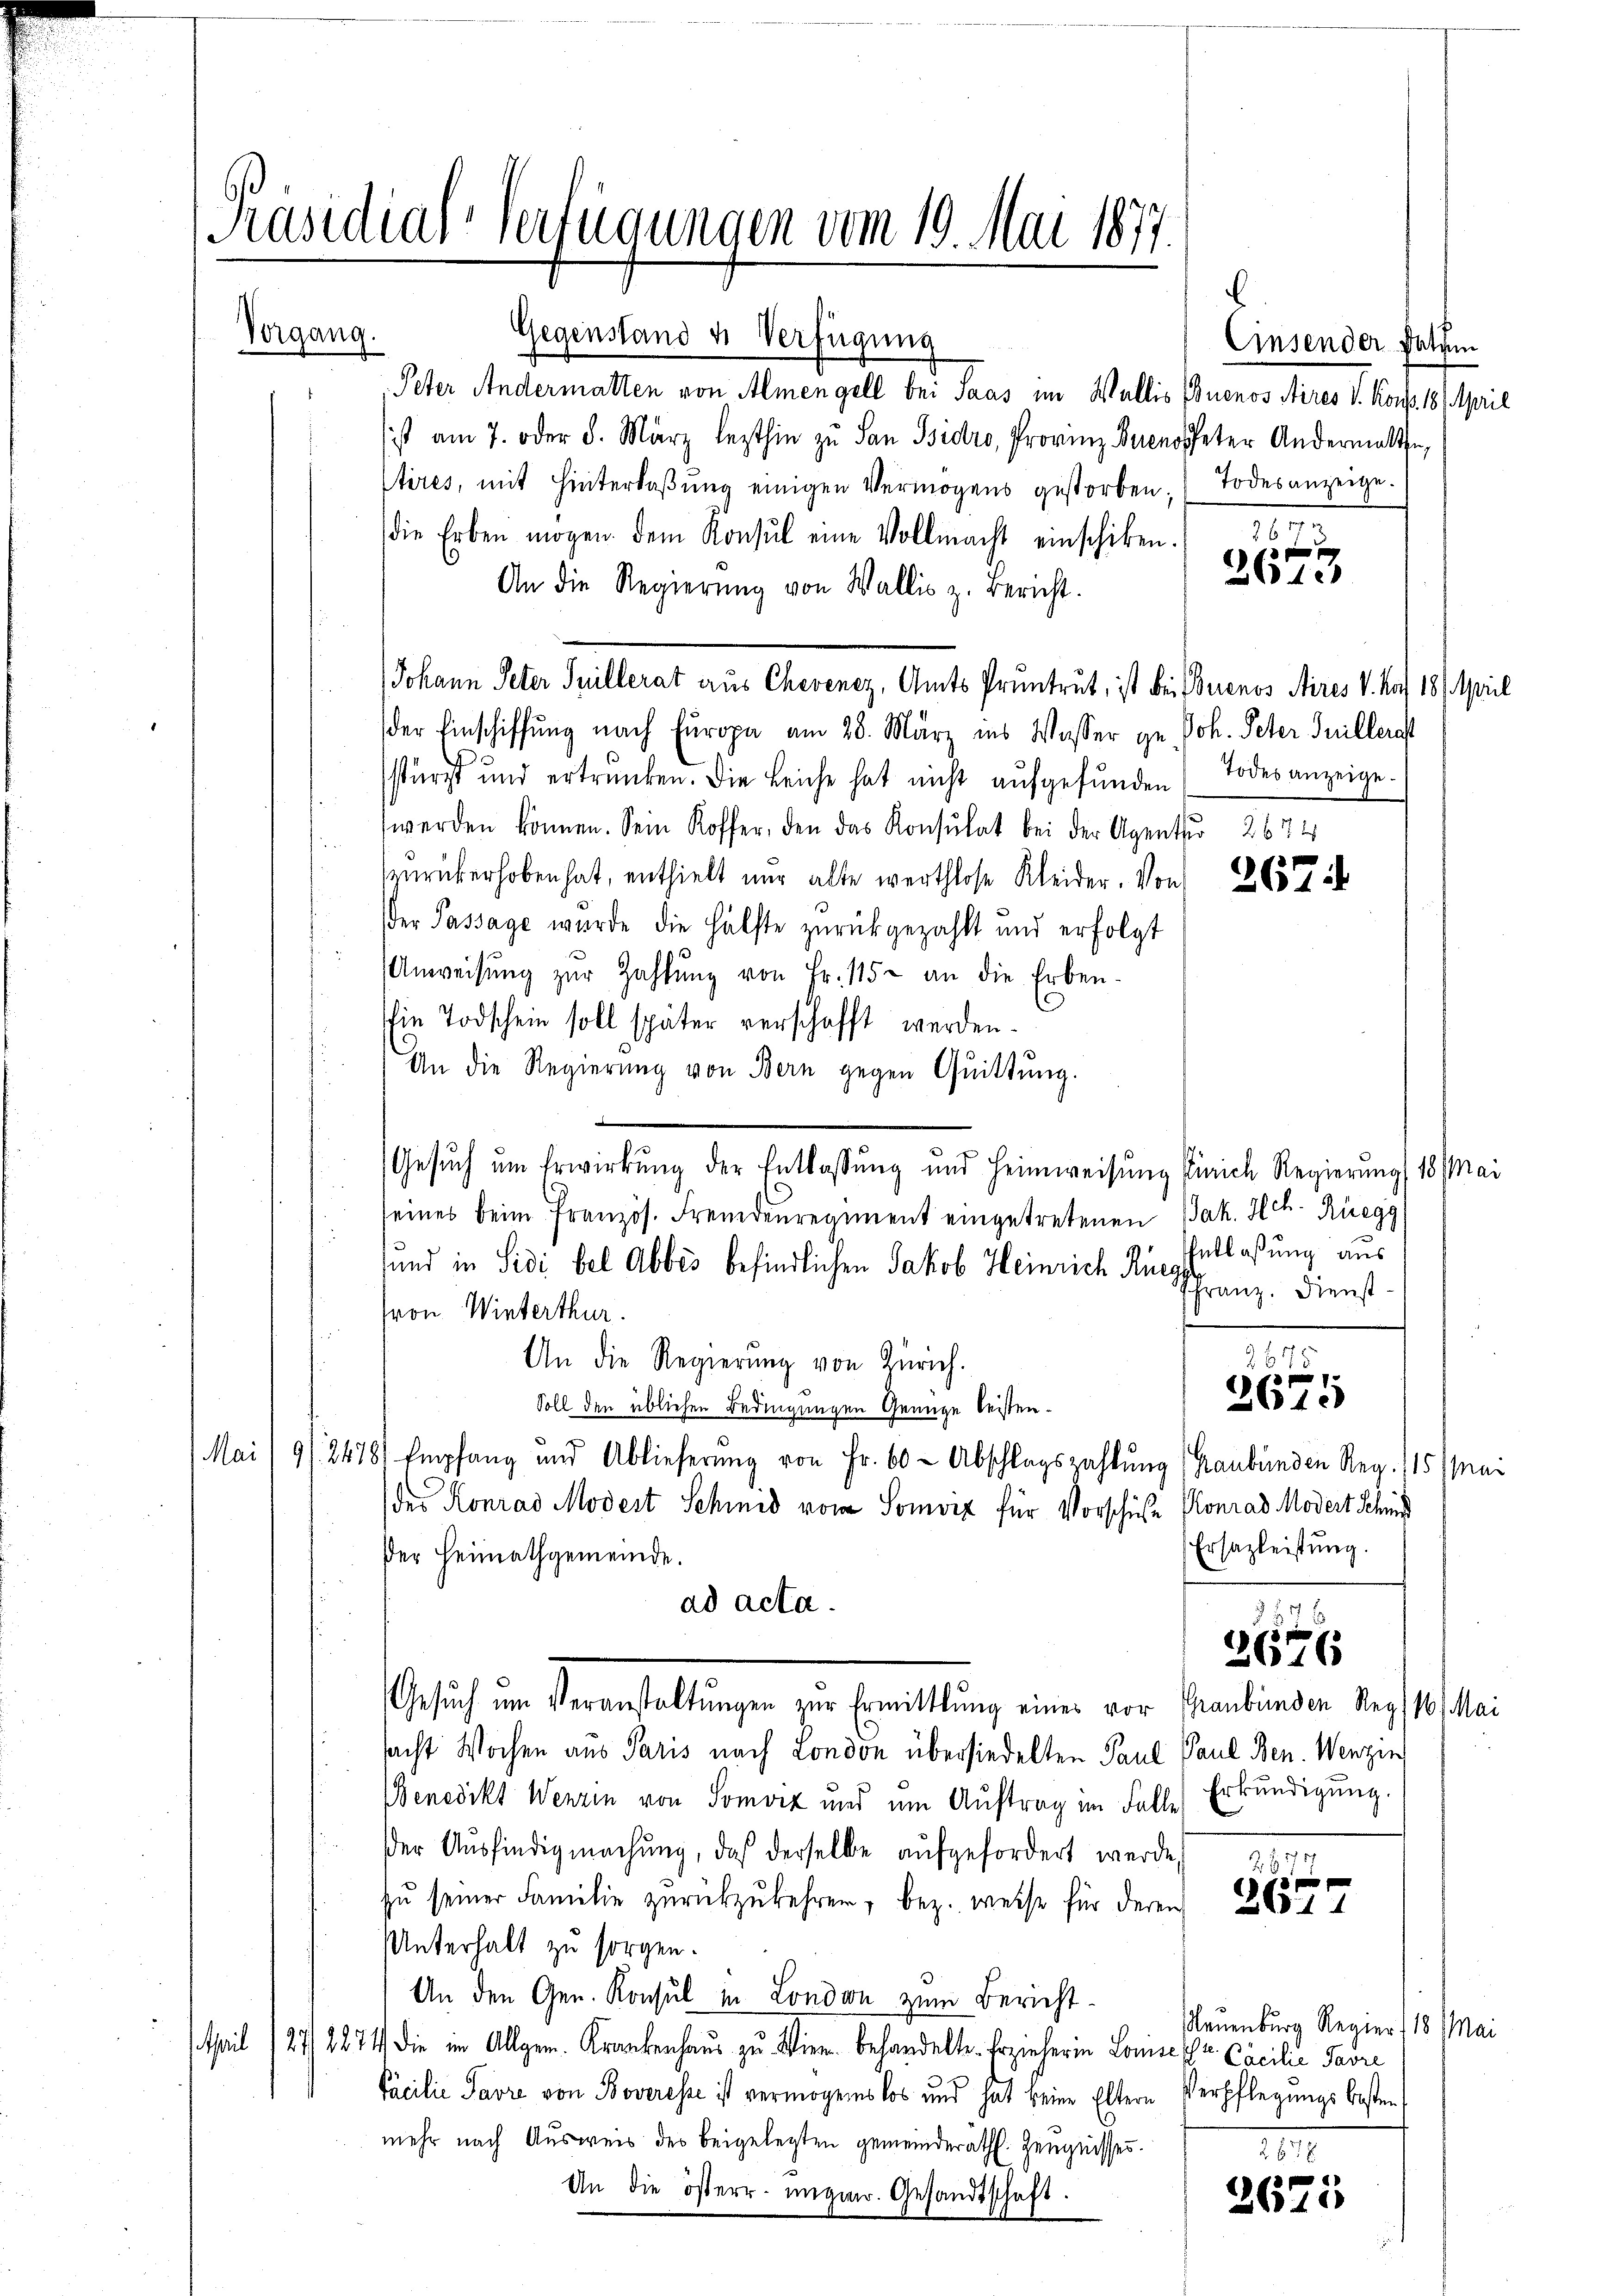
Präsidial-Verfügungen vom 19. Mai 1877.

Vorgang.

Gegenstand u. Verfügung
Peter Andermatten von Almengell bei Jaas im Wallis Buenos Aires V. Korp. 18. April
sist am 7. oder 5. März lezthin zu San Ssidro, Provinz Buenoffeter Andermalten,
stires, mit Hinterlaßung einigen Vermögens gestorben Todesanzeige.
die Erben mögen. Dem Konsul eine Vollmacht einschiken.
An die Regierŭng von Wallis z. Bericht.
der Einschiffung nach Europa am 28. März ins Wasser ge Joh. Peter Juillerast
stürzt und ertrunken. Die Leiche hat nicht aŭfgefunden Todesanzeige.
werden können. Sein Koffer, den das Konsulat bei der Agentu 267
zurükerhoben hat, enthielt nur alte werthlose Kleider. Von 265
der Passage wurde die Hälfte zurückgezahlt und erfolgt
Anweisŭng zŭr Zahlŭng von Fr. 115 - an die Erben-
Ein Todschein soll später verschafft werden.
An die Regierŭng von Bern gegen Quittung.
seines beim französ. Fremdenregiment eingetretenen Jak. Hch. Rüegg
sund in Sidi bel Abbes befindlichen Jakob Heinrich Rüeg
(von Winterthur.
n
2675
An die Regierŭng von Zürich.
9
2610
Soll den üblichen Bedingungen Genüge leisten¬
Mai/9/24781 Empfang und Ablieferŭng von Fr. 60 Abschlagszahlung (Graubünden Reg. 115 Mai
der Konrad Modest Schmid vom Somorz für Vorschüße Konrad Modert Schied
Ersazleistung.
Der Heimathgemeinde.
ad acta.
E
2676
Gesuch um Veranstaltungen zur Ermittlung einer vor Graubünden des 10. Mei
sacht Wochen aus Paris nach London übersiedelten Paul Paul Ben. Wenzin
Benedikt Wenzen von Somviz und um Auftrag im Falle Erkundigung.
Der Ausfindigmachung, daß derselbe aufgefordert werde
Momm
d
zu seiner Familie zurückzukehren, bez. weise für deren
3011
Unterhalt zu sorgen.
An den Gen. Konsul in London zum Bericht¬
Neuenburg Regier, 18 Mai
stheil 127/ 8874 die im Allgem. Krankenhaus zu Wien behandelte Erzieherin Louise Hr. Cacilie Favre
Pacilie Pavre von Boveresse ist vermögenslos und hat keine Eltern Verpflegungskosten
mehr nach Ausweis des beigelegten gemeinderath. Zeugnisses.
II
p
An die österr. ungen. Gesandtschaft.
2110

Johann Peter Juillerat aus Chevenez, Amts Pruntrut, ist bei Buenos Aires V. Kof 181 April

Gesŭch ŭm Erwirkung der Entlassung und Heimweisung Zürich Regierung 18 Mai

1

1 f 0 x
2610

Entlaßung aus
ffranz. Dienst¬

Cinsender Datum